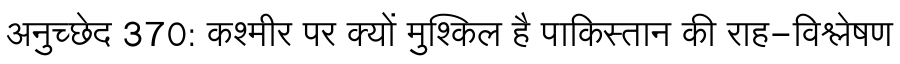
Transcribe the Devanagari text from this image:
अनुच्छेद 370: कश्मीर पर क्यों मुश्किल है पाकिस्तान की राह-विश्लेषण